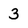
Character: 3